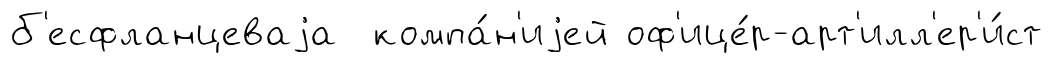
б'есфланцеваjа компа́н'иjей оф'ице́р-арт'илл'ер'и́ст